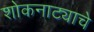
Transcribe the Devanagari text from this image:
शोकनाट्याचे